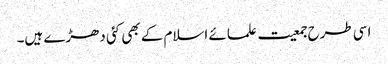
اسی طرح جمعیت علمائے اسلام کے بھی کئی دھڑے ہیں۔